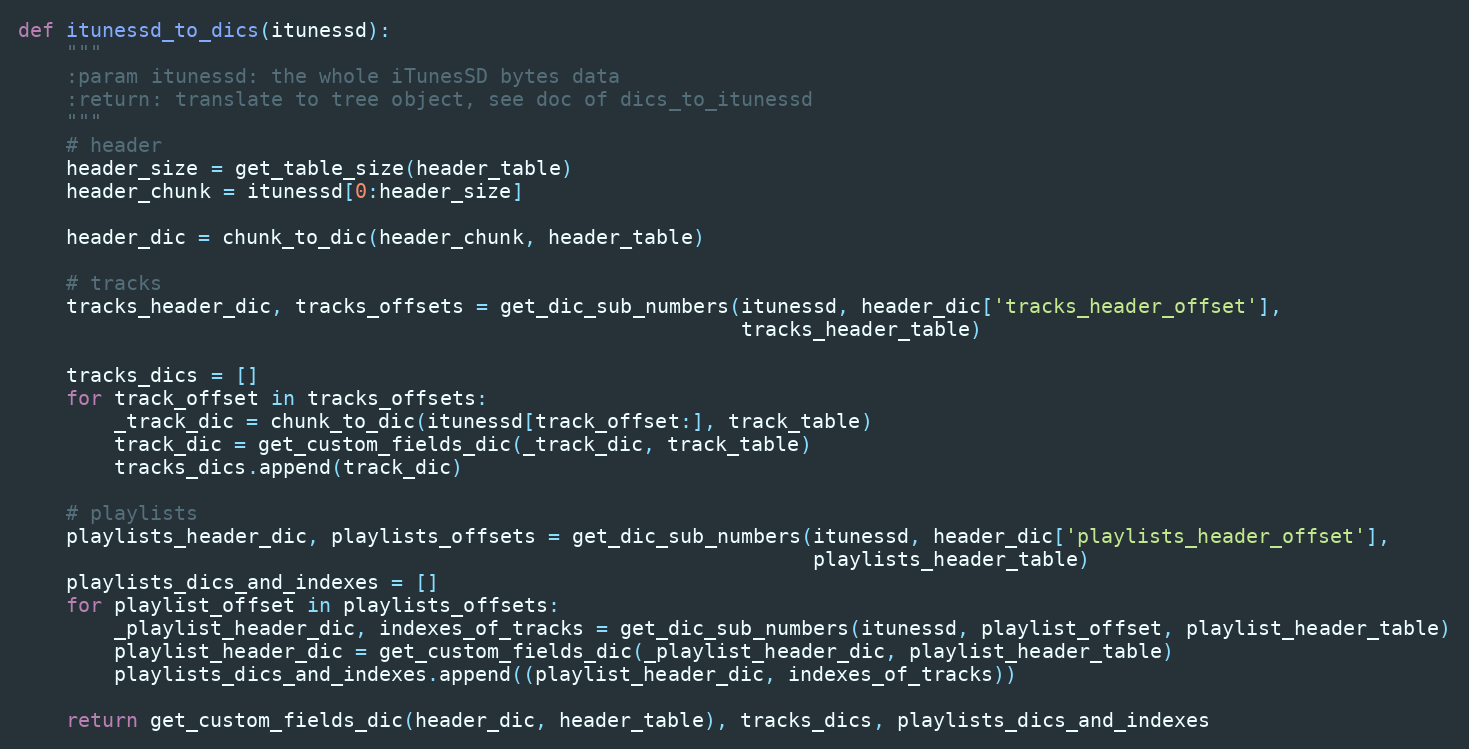
Language: Python
def itunessd_to_dics(itunessd):
    """
    :param itunessd: the whole iTunesSD bytes data
    :return: translate to tree object, see doc of dics_to_itunessd
    """
    # header
    header_size = get_table_size(header_table)
    header_chunk = itunessd[0:header_size]

    header_dic = chunk_to_dic(header_chunk, header_table)

    # tracks
    tracks_header_dic, tracks_offsets = get_dic_sub_numbers(itunessd, header_dic['tracks_header_offset'],
                                                            tracks_header_table)

    tracks_dics = []
    for track_offset in tracks_offsets:
        _track_dic = chunk_to_dic(itunessd[track_offset:], track_table)
        track_dic = get_custom_fields_dic(_track_dic, track_table)
        tracks_dics.append(track_dic)

    # playlists
    playlists_header_dic, playlists_offsets = get_dic_sub_numbers(itunessd, header_dic['playlists_header_offset'],
                                                                  playlists_header_table)
    playlists_dics_and_indexes = []
    for playlist_offset in playlists_offsets:
        _playlist_header_dic, indexes_of_tracks = get_dic_sub_numbers(itunessd, playlist_offset, playlist_header_table)
        playlist_header_dic = get_custom_fields_dic(_playlist_header_dic, playlist_header_table)
        playlists_dics_and_indexes.append((playlist_header_dic, indexes_of_tracks))

    return get_custom_fields_dic(header_dic, header_table), tracks_dics, playlists_dics_and_indexes